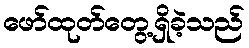
ဖော်ထုတ်တွေ့ရှိခဲ့သည်